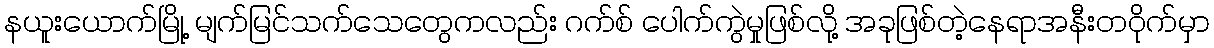
နယူးယောက်မြို့ မျက်မြင်သက်သေတွေကလည်း ဂက်စ် ပေါက်ကွဲမှုဖြစ်လို့ အခုဖြစ်တဲ့နေရာအနီးတဝိုက်မှာ